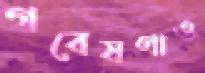
গবেষণাও